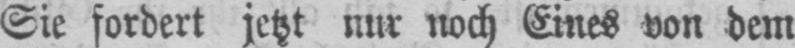
Sie fordert jetzt nur noch Eines von dem